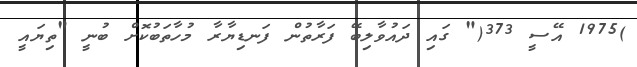
)1975 އޭސީ 373(" ގައި ދައުވާލިބޭ ފަރާތުން ފަނޑިޔާރާ މުހާތަބުކޮށް ބުނީ "ތިޔައީ